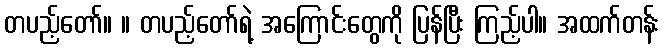
တပည့်တော်။ ။ တပည့်တော်ရဲ့ အကြောင်းတွေကို ပြန်ပြီး ကြည့်ပါ။ အထက်တန်း